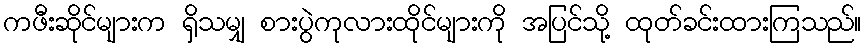
ကဖီးဆိုင်များက ရှိသမျှ စားပွဲကုလားထိုင်များကို အပြင်သို့ ထုတ်ခင်းထားကြသည်။